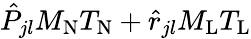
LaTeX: \hat{P}_{jl}M_{\mathrm{N}}T_{\mathrm{N}}+\hat{r}_{jl}M_{\mathrm{L}}T_{\mathrm{L}}